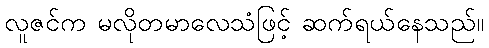
လူဇင်က မလိုတမာလေသံဖြင့် ဆက်ရယ်နေသည်။